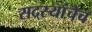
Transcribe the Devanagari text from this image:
सदस्यांचेच